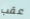
عقب